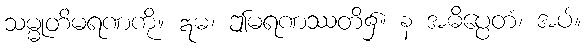
သမ္မုတိမရဏကို။ ဣဓ၊ ဤမရဏဿတိ၌။ န အဓိပ္ပေတံ၊ အပ်။